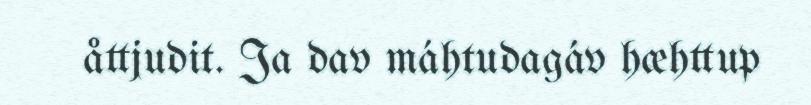
åttjudit. Ja dav máhtudagáv hæhttup